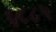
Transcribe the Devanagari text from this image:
६८८५